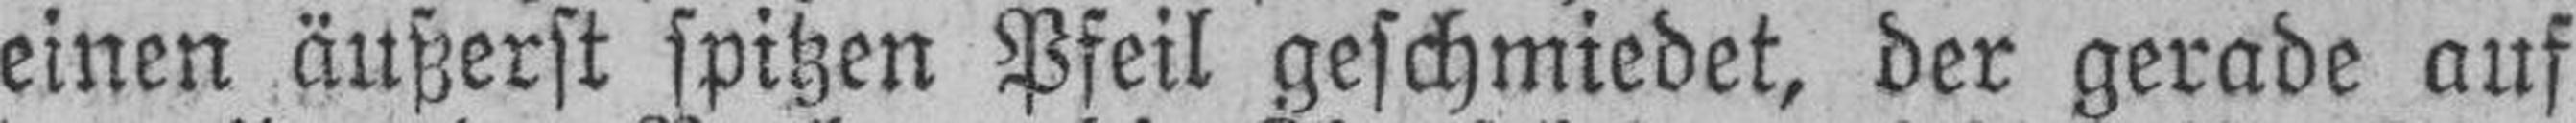
einen äußerst spitzen Pfeil geschmiedet, der gerade auf